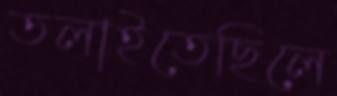
তলাইতেছিলে